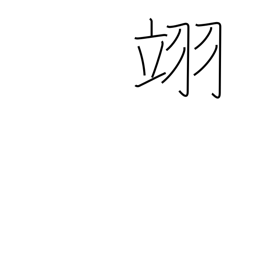
Meaning: flying